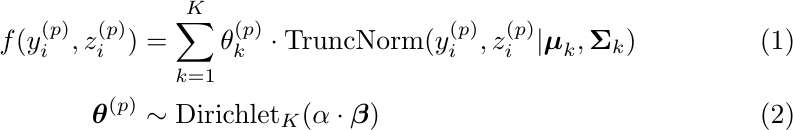
\begin{align}
    f(y_{i}^{(p)}, z_{i}^{(p)}) &= \sum_{k = 1}^K \theta^{(p)}_{k} \cdot \textrm{TruncNorm}(y_{i}^{(p)}, z_{i}^{(p)} | \boldsymbol{\mu}_k, \boldsymbol{\Sigma}_k) \label{eq:initial_likelihood} \\
    \boldsymbol\theta^{(p)} &\sim \text {Dirichlet}_{K}(\alpha \cdot \boldsymbol\beta) \label{eq:hierarchy}
\end{align}